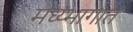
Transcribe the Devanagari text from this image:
मध्य्भागात